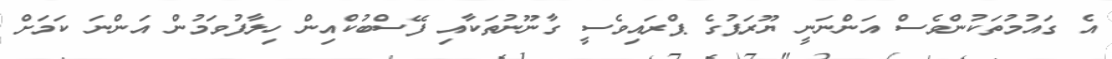
އެ ގައުމުތަކުންވެސް އަންނަނީ ޔޫރަޕުގެ ޕްރައިވެސީ ގާނޫނުތަކާއި ފޭސްބުކްއިން ހިލާފުވަމުން އަންނަ ކަމަށް